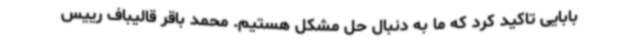
بابایی تاکید کرد که ما به دنبال حل مشکل هستیم. محمد باقر قالیباف رییس